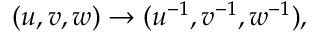
( u , v , w ) \to ( u ^ { - 1 } , v ^ { - 1 } , w ^ { - 1 } ) ,